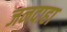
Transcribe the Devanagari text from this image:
जनदाहा